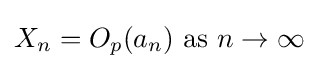
X_{n}=O_{p}(a_{n}){\text{ as }}n\to \infty